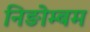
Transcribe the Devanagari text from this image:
निङोम्बम